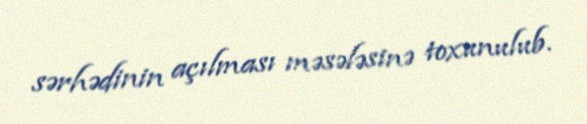
sərhədinin açılması məsələsinə toxunulub.